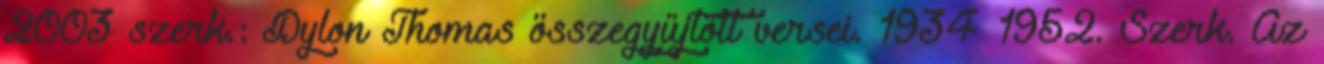
2003 szerk.: Dylon Thomas összegyűjtött versei. 1934–1952. Szerk. Az